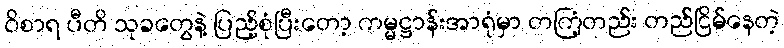
ဝိစာရ ပီတိ သုခတွေနဲ့ ပြည့်စုံပြီးတော့ ကမ္မဋ္ဌာန်းအာရုံမှာ တကြံ့တည်း တည်ငြိမ်နေတဲ့